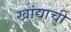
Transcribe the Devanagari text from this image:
खांद्याची